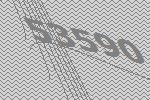
53590